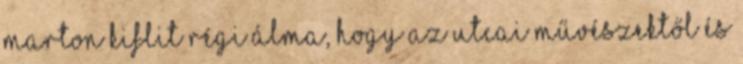
marton kiflit Régi álma, hogy az utcai művészektől és